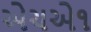
એચએ૧